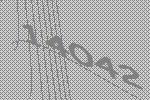
14042